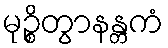
မုဉ္စိတွာနန္တကံ